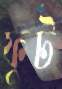
ফুট